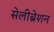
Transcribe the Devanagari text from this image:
सेलीब्रेशन